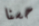
حسنا